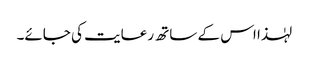
لہٰذا اس کے ساتھ رعایت کی جائے۔